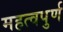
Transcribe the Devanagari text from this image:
महत्‍वपुर्ण